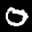
Digit: 8